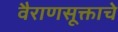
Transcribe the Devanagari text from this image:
वैराणसूक्ताचे